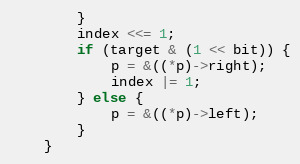
Language: C
        }
        index <<= 1;
        if (target & (1 << bit)) {
            p = &((*p)->right);
            index |= 1;
        } else {
            p = &((*p)->left);
        }
    }